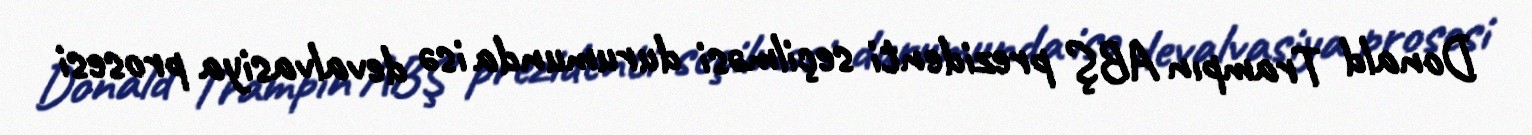
Donald Trampın ABŞ prezidenti seçilməsi durumunda isə devalvasiya prosesi